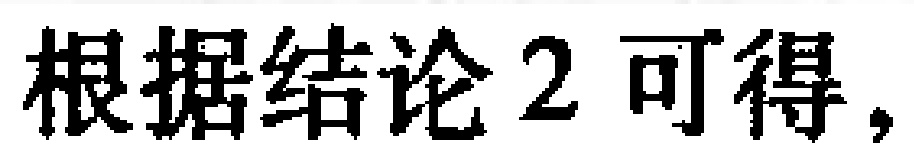
根据结论2可得，